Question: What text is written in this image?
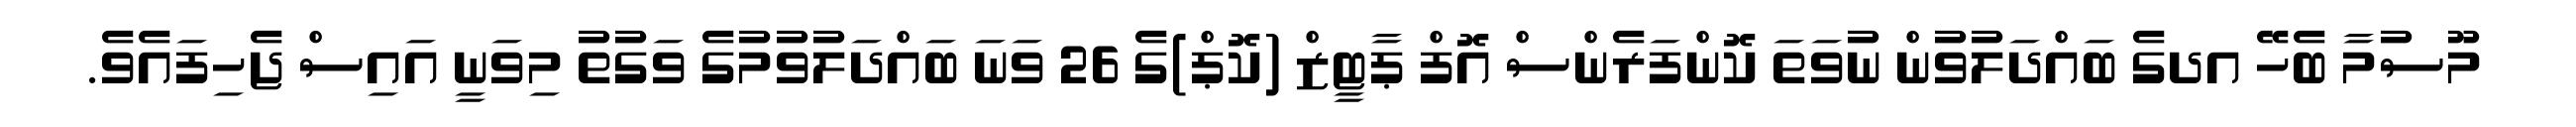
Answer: މޫސުމާ ބެހޭ އދގެ ބައްދަލުވުން ނުވަތަ ކޮންފަރެންސް އޮފް ޕާޓީޒް (ކޮޕް)ގެ 26 ވަނަ ބައްދަލުވުމުގެ ވަގުތު މިވަނީ އައިސް ޖެހިފައެވެ.